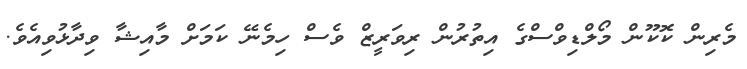
މެރިން ކޮކޫން މޯލްޑިވްސްގެ އިތުރުން ރިވަރީޒް ވެސް ހިމެނޭ ކަމަށް މާއިޝާ ވިދާޅުވިއެވެ.